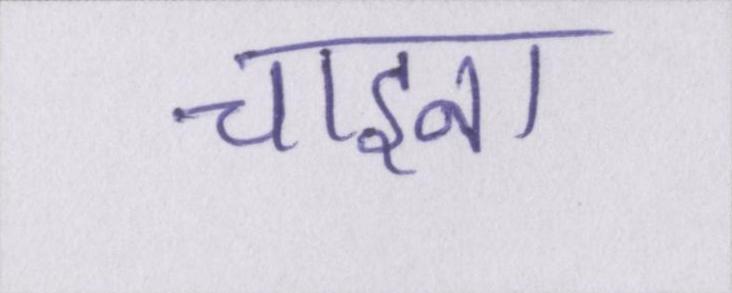
चाइना